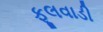
ફૂલવાડી